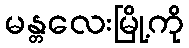
မန္တလေးမြို့ကို